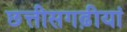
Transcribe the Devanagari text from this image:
छत्तीसगढ़ीयां